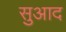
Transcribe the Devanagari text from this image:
सुआद